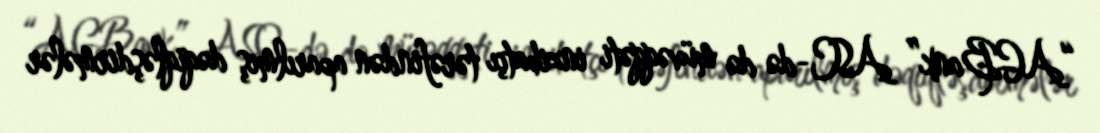
“AGBank” ASC-də də müvəqqəti inzibatçı tərəfindən aparılmış dəqiqləşdirmələr